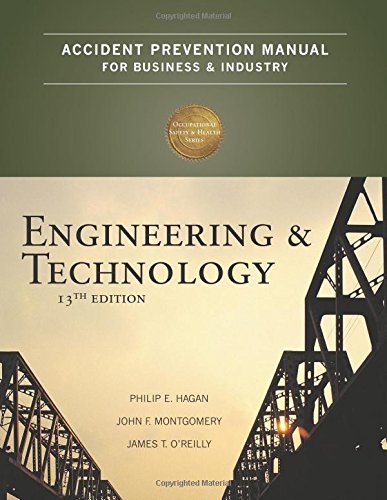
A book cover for Accident Prevention Manual for Business & Industry: Engineering & Technology, 13th Edition; National Safety Council; Medical Books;